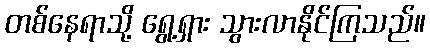
တစ်နေရာသို့ ရွေ့ရှား သွားလာနိုင်ကြသည်။